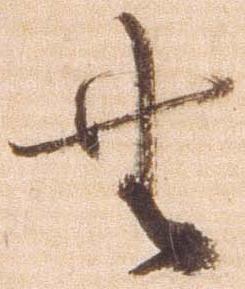
無